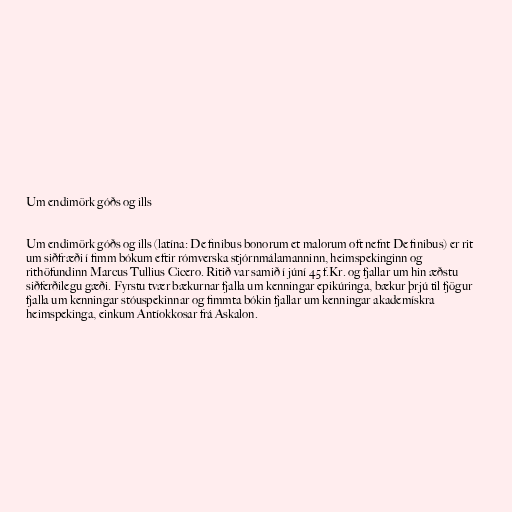
Um endimörk góðs og ills

Um endimörk góðs og ills (latína: De finibus bonorum et malorum oft nefnt De finibus) er rit
um siðfræði í fimm bókum eftir rómverska stjórnmálamanninn, heimspekinginn og
rithöfundinn Marcus Tullius Cicero. Ritið var samið í júní 45 f.Kr. og fjallar um hin æðstu
siðferðilegu gæði. Fyrstu tvær bækurnar fjalla um kenningar epikúringa, bækur þrjú til fjögur
fjalla um kenningar stóuspekinnar og fimmta bókin fjallar um kenningar akademískra
heimspekinga, einkum Antíokkosar frá Askalon.